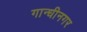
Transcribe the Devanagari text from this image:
गान्धीनगर